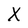
Character: X